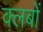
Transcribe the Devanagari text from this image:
क्‍लबों